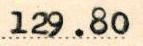
129.80